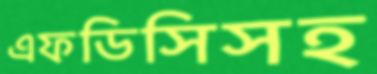
এফডিসিসহ